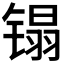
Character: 𰾬